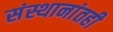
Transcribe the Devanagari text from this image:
संस्थानांतही